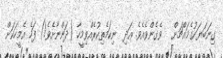
ގިނަބަޔަކުގެމައްޗަށް   ވެގެންވެއެވެ. އަދި  ނިކަމެތިކުރެއްވިމީހާ (ދަންނާށެވެ!) ފަހެ އެމީހަކަށް